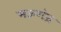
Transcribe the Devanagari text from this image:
मऊगंज